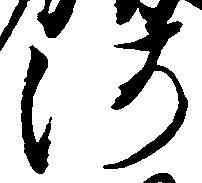
河